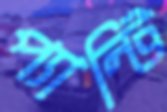
প্যান্টি